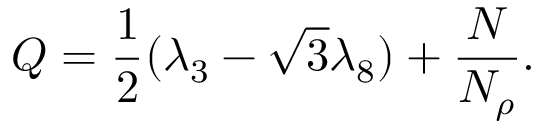
Q = \frac { 1 } { 2 } ( \lambda _ { 3 } - \sqrt { 3 } \lambda _ { 8 } ) + \frac { N } { N _ { \rho } } .